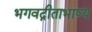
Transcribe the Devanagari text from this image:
भगवद्गीताभाष्य